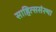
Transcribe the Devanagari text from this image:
साहित्ससंस्था